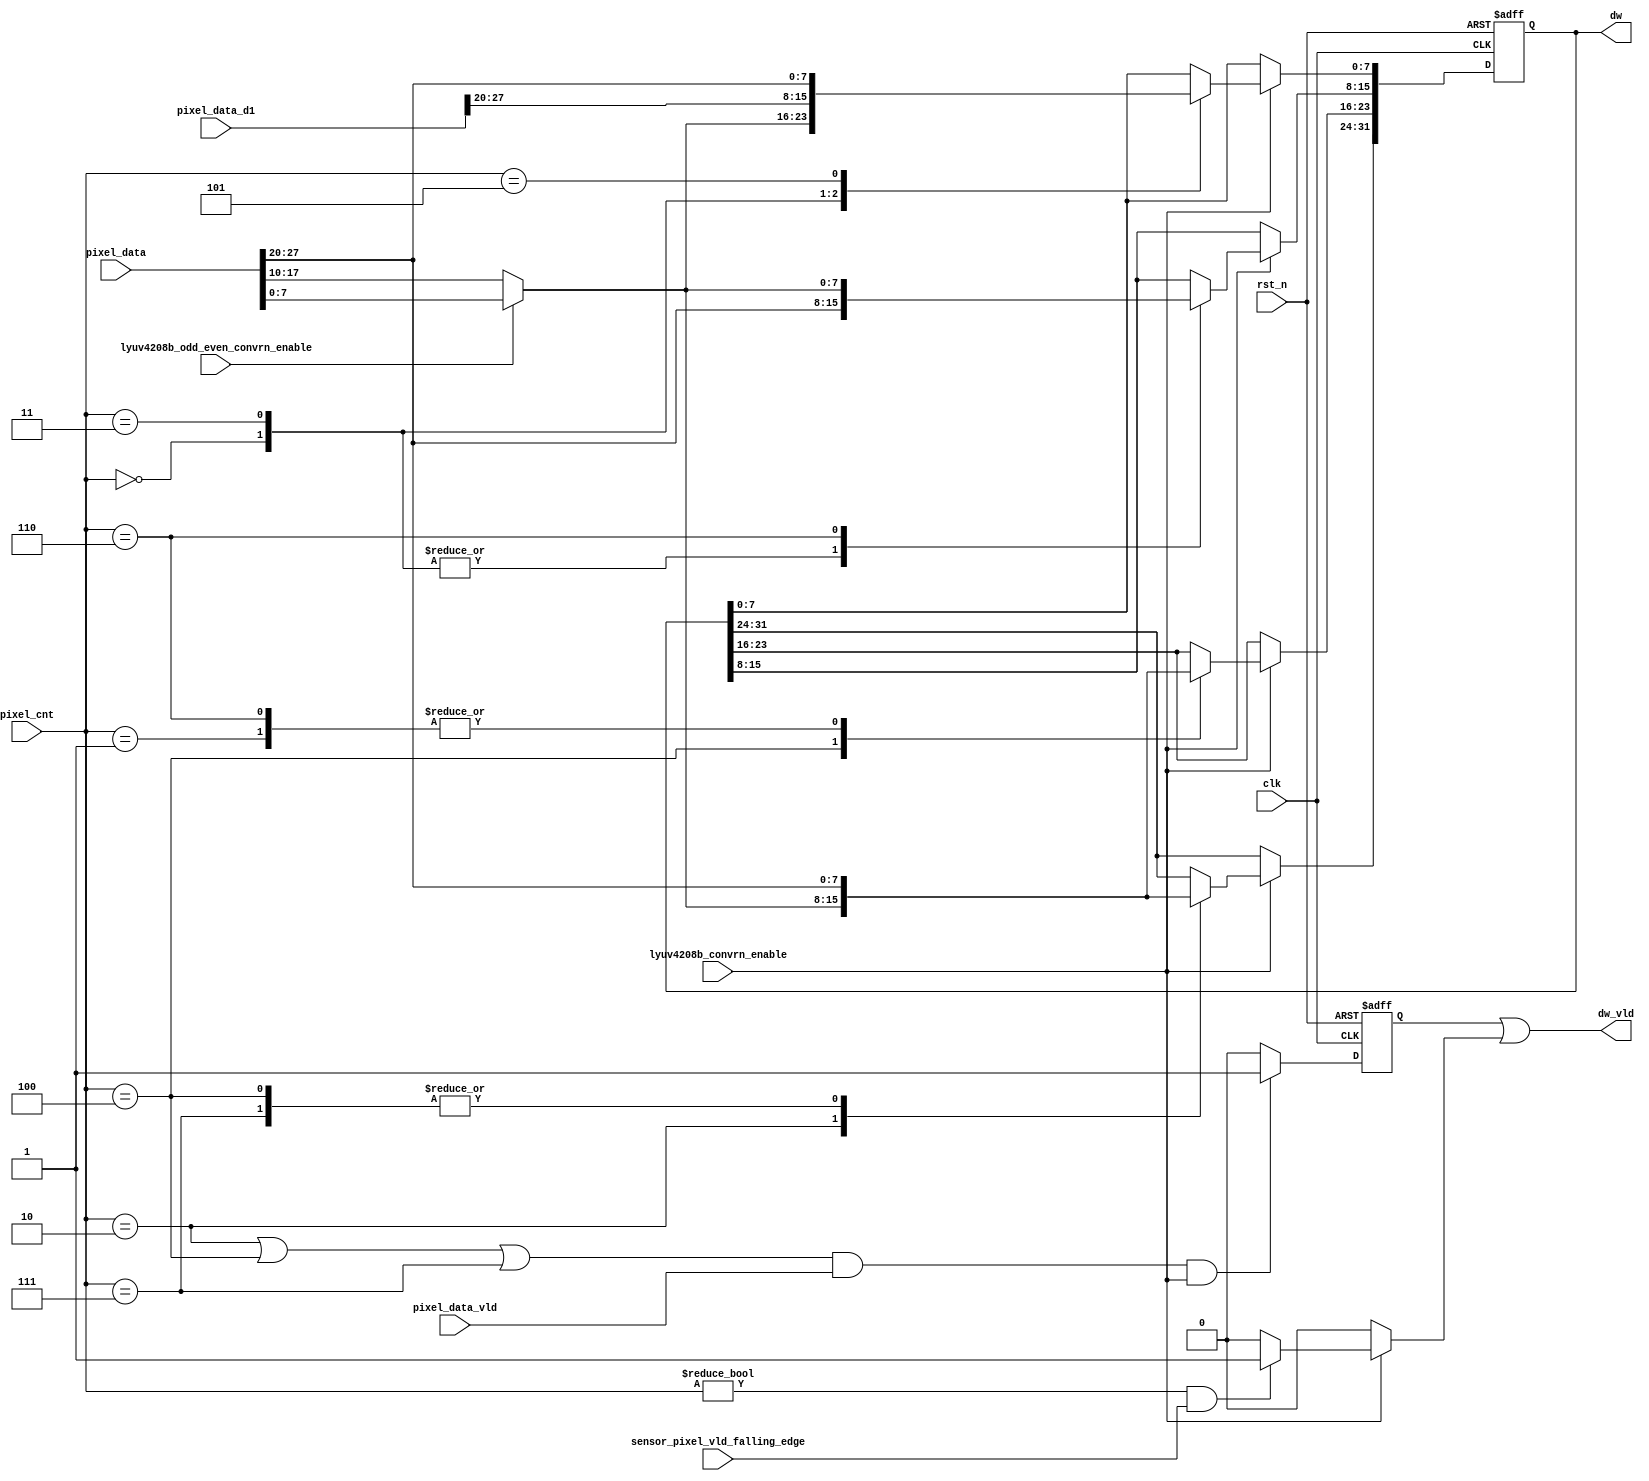
module csi2tx_lyuv4208b_p2b 
 (
 input  wire         clk,
 input  wire         rst_n,
 input  wire [2:0]   pixel_cnt,
 input  wire [31:0]  pixel_data,
 input  wire [31:0]  pixel_data_d1,
 input  wire         pixel_data_vld,
 input  wire         sensor_pixel_vld_falling_edge,
 input  wire         lyuv4208b_odd_even_convrn_enable,
 input  wire         lyuv4208b_convrn_enable,
 output wire [31:0]  dw,
 output wire         dw_vld
 );
 
 /*---------------------------------------------------------------------------*/
 // Internal Signal declaration
 /*---------------------------------------------------------------------------*/
 reg  [31:0] dw_reg;
 reg         dw_vld_s;
 wire        min_rxed_pkt_vld;
 
 /*---------------------------------------------------------------------------*/
 // Output valid generation, when the received packet is of 24bits i.e. 3 bytes
 
 assign min_rxed_pkt_vld = ( lyuv4208b_convrn_enable  ? 
                           (( ( pixel_cnt != 0 ) && sensor_pixel_vld_falling_edge ) ? 1'b1 : 1'b0 ) 
                           : 1'b0 );
                           
 /*---------------------------------------------------------------------------*/
 // Logic to convert the pixel to dw
 // This is been registerd as this interface is expected to work at around 400Mhz
 always@(posedge clk or negedge rst_n)
 begin
  if ( rst_n == 1'b0 )
   dw_reg <= 32'b0;
  else if (lyuv4208b_convrn_enable)
   case(pixel_cnt)
    3'b000 : begin
     if ( lyuv4208b_odd_even_convrn_enable == 1'b0 ) begin // odd
      dw_reg[7:0]   <= pixel_data[17:10]; // u1
      dw_reg[15:8]  <= pixel_data[27:20]; // y1
     end
     else if ( lyuv4208b_odd_even_convrn_enable == 1'b1 ) begin // even
      dw_reg[7:0] <= pixel_data[7:0]; // v1
      dw_reg[15:8] <= pixel_data[27:20]; // y1
     end
    end
    3'b001 : begin
     if ( lyuv4208b_odd_even_convrn_enable == 1'b0 ) begin // odd
      dw_reg[23:16] <= pixel_data[27:20]; // y2
     end
     else if ( lyuv4208b_odd_even_convrn_enable == 1'b1 ) begin// even
      dw_reg[23:16] <= pixel_data[27:20]; // y2
     end     
    end
    3'b010 : begin
     if ( lyuv4208b_odd_even_convrn_enable == 1'b0 ) begin
      dw_reg[31:24] <= pixel_data[17:10]; // u3
     end
     else if ( lyuv4208b_odd_even_convrn_enable == 1'b1 ) begin
      dw_reg[31:24] <= pixel_data[7:0]; // v3
     end
    end
    3'b011 : begin
     if ( lyuv4208b_odd_even_convrn_enable == 1'b0 ) begin
      dw_reg[7:0]   <= pixel_data_d1[27:20]; // y3
      dw_reg[15:8]  <= pixel_data[27:20]; // y4
     end else if ( lyuv4208b_odd_even_convrn_enable == 1'b1 ) begin
      dw_reg[7:0]   <= pixel_data_d1[27:20]; // y3
      dw_reg[15:8]  <= pixel_data[27:20]; // y4
     end
    end
    3'b100 : begin
     if ( lyuv4208b_odd_even_convrn_enable == 1'b0 ) begin
      dw_reg[23:16] <= pixel_data[17:10]; // u5
      dw_reg[31:24] <= pixel_data[27:20]; // y5
     end else if ( lyuv4208b_odd_even_convrn_enable == 1'b1 ) begin
      dw_reg[23:16] <= pixel_data[7:0]; // v5
      dw_reg[31:24] <= pixel_data[27:20]; // y5
     end
    end
    3'b101 : begin
     if ( lyuv4208b_odd_even_convrn_enable == 1'b0 ) begin
      dw_reg[7:0]   <= pixel_data[27:20]; // y6
     end else if ( lyuv4208b_odd_even_convrn_enable == 1'b1 ) begin
      dw_reg[7:0]   <= pixel_data[27:20]; // y6
     end
    end
    3'b110 : begin
     if ( lyuv4208b_odd_even_convrn_enable == 1'b0 ) begin
      dw_reg[15:8]  <= pixel_data[17:10]; // u7
      dw_reg[23:16] <= pixel_data[27:20]; // y7
     end else if ( lyuv4208b_odd_even_convrn_enable == 1'b1 ) begin
      dw_reg[15:8] <= pixel_data[7:0]; // v7
      dw_reg[23:16] <= pixel_data[27:20]; // y7
     end
    end
    3'b111 : begin
     if ( lyuv4208b_odd_even_convrn_enable == 1'b0 ) begin
      dw_reg[31:24] <= pixel_data[27:20]; // y8
     end else if ( lyuv4208b_odd_even_convrn_enable == 1'b1) begin
      dw_reg[31:24] <= pixel_data[27:20]; // y8
     end
    end     
   endcase
 end   
 
  assign dw = dw_reg;
 
 // As the data valid is registered version(odd pixels), 
 always@(posedge clk or negedge rst_n)
 begin
  if (rst_n == 1'b0)
   dw_vld_s <= 1'b0;
  else if (( (pixel_cnt == 3'b010) || (pixel_cnt == 3'b100) || 
             (pixel_cnt == 3'b111) ) && pixel_data_vld && lyuv4208b_convrn_enable)
   dw_vld_s <= 1'b1;
  else
   dw_vld_s <= 1'b0;
 end
 
 assign dw_vld = ( dw_vld_s | min_rxed_pkt_vld ); 
endmodule